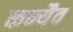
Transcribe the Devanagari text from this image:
कन्यैव